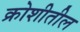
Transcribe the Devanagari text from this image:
क्रोशीतील